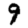
Digit: 9